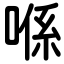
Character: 喺